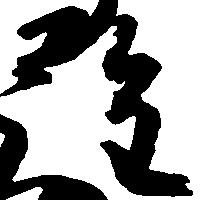
詮